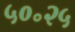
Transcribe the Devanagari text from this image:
५०॰२५